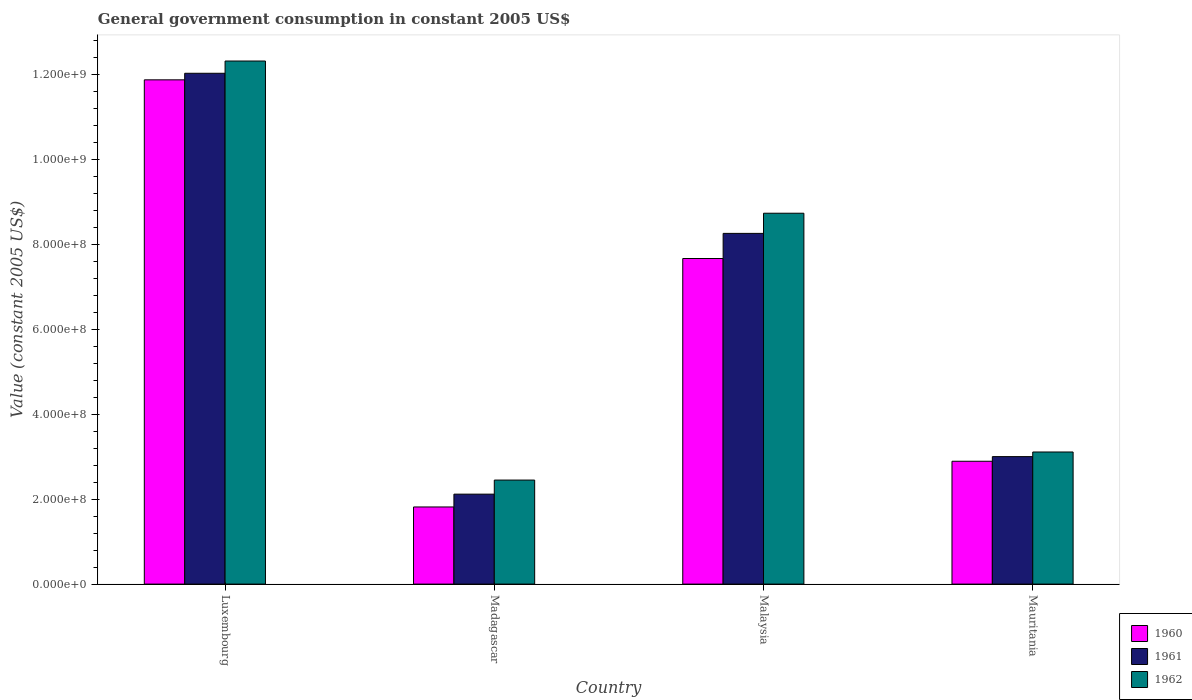
| Country | 1960 | 1961 | 1962 |
 | --- | --- | --- | --- |
 | Luxembourg | 1.19e+09 | 1.2e+09 | 1.23e+09 |
 | Madagascar | 1.82e+08 | 2.12e+08 | 2.45e+08 |
 | Malaysia | 7.67e+08 | 8.26e+08 | 8.74e+08 |
 | Mauritania | 2.89e+08 | 3e+08 | 3.11e+08 |